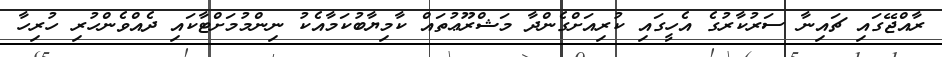
ރާއްޖޭގައި ޗައިނާ ސަރުކާރުގެ އެހީގައި ކުރިއަށްގެންދާ މަޝްރޫޢުތައް ކާމިޔާބުކަމާއެކު ނިންމުމަށްޓާކައި ދެއްވެންހުރި ހުރިހާ